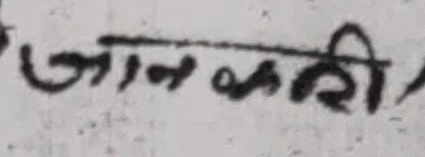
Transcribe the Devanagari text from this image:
जानकारी